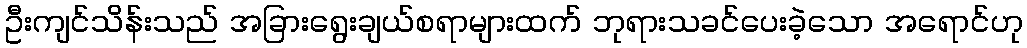
ဦးကျင်သိန်းသည် အခြားရွေးချယ်စရာများထက် ဘုရားသခင်ပေးခဲ့သော အရောင်ဟု